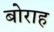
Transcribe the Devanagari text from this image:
बोराह